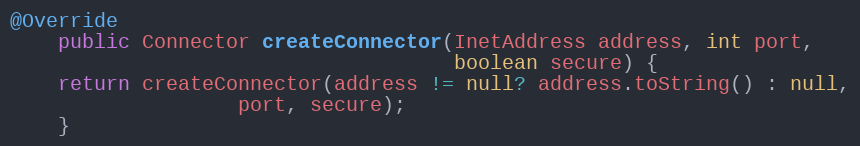
Language: Java
@Override
	public Connector createConnector(InetAddress address, int port,
                                     boolean secure) {
	return createConnector(address != null? address.toString() : null,
			       port, secure);
    }